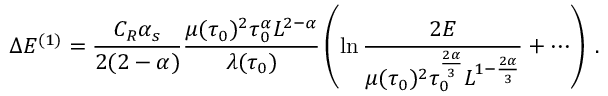
\Delta E ^ { ( 1 ) } = \frac { C _ { R } \alpha _ { s } } { 2 ( 2 - \alpha ) } \frac { \mu ( \tau _ { 0 } ) ^ { 2 } \tau _ { 0 } ^ { \alpha } L ^ { 2 - \alpha } } { \lambda ( \tau _ { 0 } ) } \left( \ln \frac { 2 E } { \mu ( \tau _ { 0 } ) ^ { 2 } \tau _ { 0 } ^ { \frac { 2 \alpha } { 3 } } L ^ { 1 - \frac { 2 \alpha } { 3 } } } + \cdots \right) \; .